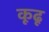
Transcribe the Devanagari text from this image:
कूढू